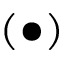
( \bullet )